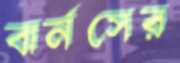
বার্নসের